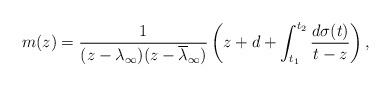
LaTeX: \begin{align*} m(z)= \frac{1}{(z-\lambda_\infty)(z-\overline{\lambda}_\infty)}\left(z+d+\int_{t_1}^{t_2}\frac{d\sigma(t)}{t-z}\right),\end{align*}